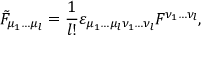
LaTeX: \tilde { F } _ { \mu _ { 1 } \ldots \mu _ { l } } = { \frac { 1 } { l ! } } \varepsilon _ { \mu _ { 1 } \ldots \mu _ { l } \nu _ { 1 } \ldots \nu _ { l } } F ^ { \nu _ { 1 } \ldots \nu _ { l } } ,